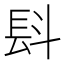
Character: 𣁸